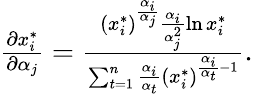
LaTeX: \begin{array}{r}{\frac{\partial x_{i}^{*}}{\partial\alpha_{j}}=\frac{(x_{i}^{*})^{\frac{\alpha_{i}}{\alpha_{j}}}\frac{\alpha_{i}}{\alpha_{j}^{2}}\ln x_{i}^{*}}{\sum_{t=1}^{n}\frac{\alpha_{i}}{\alpha_{t}}(x_{i}^{*})^{\frac{\alpha_{i}}{\alpha_{t}}-1}}.}\end{array}